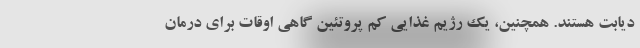
دیابت هستند. همچنین، یک رژیم غذایی کم پروتئین گاهی اوقات برای درمان